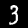
Digit: 3